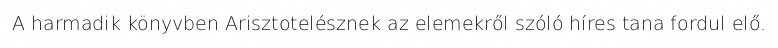
A harmadik könyvben Arisztotelésznek az elemekről szóló híres tana fordul elő.